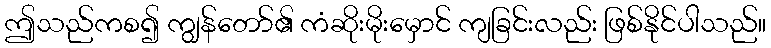
ဤသည်ကစ၍ ကျွန်တော်၏ ကံဆိုးမိုးမှောင် ကျခြင်းလည်း ဖြစ်နိုင်ပါသည်။